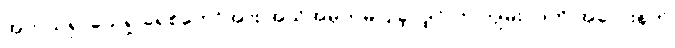
အကယ်၍ ယေရှု ခရစ်တော်အား အသိအမှတ်မပြုခဲ့လျှင် ဤကျမ်းပိုဒ်ကို အလေးနက်